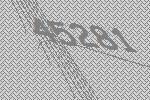
45281